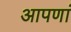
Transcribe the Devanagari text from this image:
आपणां